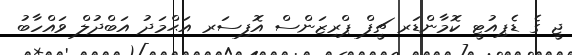
ޖީ ގެ ޑެޕިއުޓީ ކޮމާންޑަރ ޗީފް ޕްރިޒަންސް އޮފިސަރ އަޙްމަދު އަބްދުލް ވައްހާބު